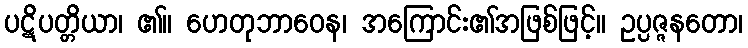
ပဋိပတ္တိယာ၊ ၏။ ဟေတုဘာဝေန၊ အကြောင်း၏အဖြစ်ဖြင့်။ ဥပ္ပဇ္ဇနတော၊